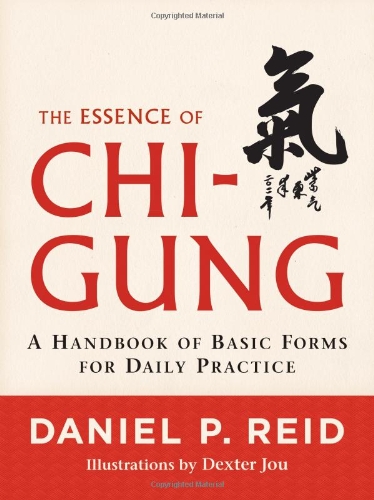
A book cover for The Essence of Chi-Gung: A Handbook of Basic Forms for Daily Practice; Daniel P. Reid; Health, Fitness & Dieting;